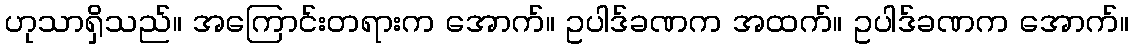
ဟုသာရှိသည်။ အကြောင်းတရားက အောက်။ ဥပါဒ်ခဏက အထက်။ ဥပါဒ်ခဏက အောက်။